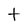
Character: t